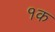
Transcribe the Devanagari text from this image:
१क